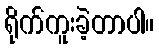
ရိုက်ကူးခဲ့တာပါ။